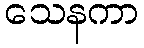
သေနကာ